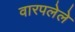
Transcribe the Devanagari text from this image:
वारपलेले